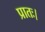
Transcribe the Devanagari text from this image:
प्रातः।